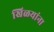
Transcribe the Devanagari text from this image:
खिळयांना